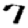
Digit: 7